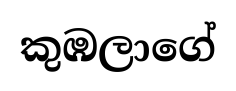
කුඹලාගේ